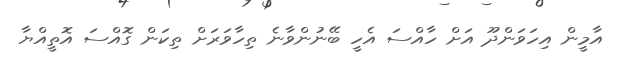
އާމީން އިހަވަންދޫ އަށް ހާއްސަ އެހީ ބޭނުންވާނެ ތިހާވަރަށް ތިކަން ގޮއްސަ އޮތީއްޔާ